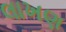
લાખણ